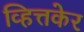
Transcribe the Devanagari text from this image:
व्हित्तकेर